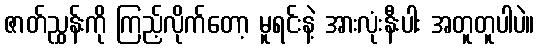
ဇာတ်ညွှန်းကို ကြည့်လိုက်တော့ မူရင်းနဲ့ အားလုံးနီးပါး အတူတူပါပဲ။